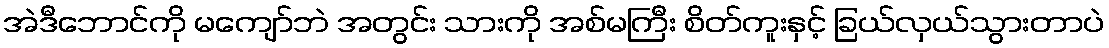
အဲဒီဘောင်ကို မကျော်ဘဲ အတွင်း သားကို အစ်မကြီး စိတ်ကူးနှင့် ခြယ်လှယ်သွားတာပဲ